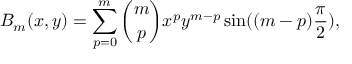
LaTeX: B _ { m } ( x , y ) = \sum _ { p = 0 } ^ { m } { \binom { m } { p } } x ^ { p } y ^ { m - p } \sin ( ( m - p ) { \frac { \pi } { 2 } } ) ,